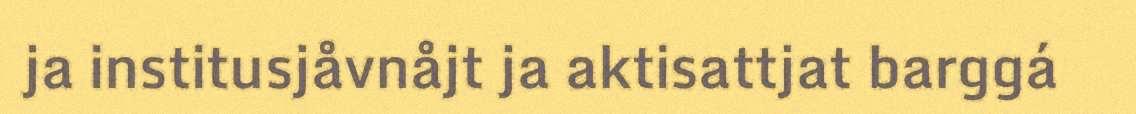
ja institusjåvnåjt ja aktisattjat barggá